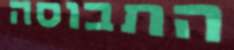
התבוסה